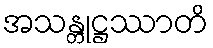
အသန္တုဋ္ဌဿာတိ